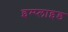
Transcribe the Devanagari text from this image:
इम्प्‍लाइड